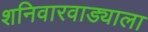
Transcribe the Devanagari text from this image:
शनिवारवाड्याला